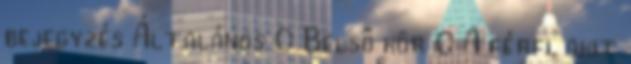
bejegyzés Általános 0 Belső kör 0 A férfi, akit